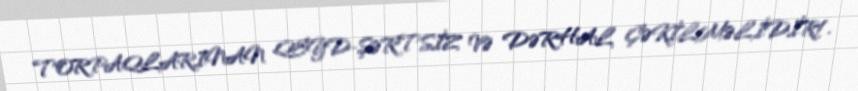
TORPAQLARINAN QEYD-ŞƏRTSİZ VƏ DƏRHAL ÇƏKİLMƏLİDİR!.